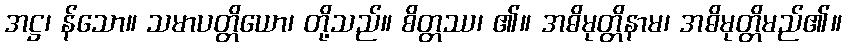
အဋ္ဌ၊ န်သော။ သမာပတ္တိယော၊ တို့သည်။ စိတ္တဿ၊ ၏။ အဓိမုတ္တိနာမ၊ အဓိမုတ္တိမည်၏။